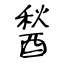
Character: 醔